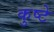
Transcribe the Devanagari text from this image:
कुष्टे